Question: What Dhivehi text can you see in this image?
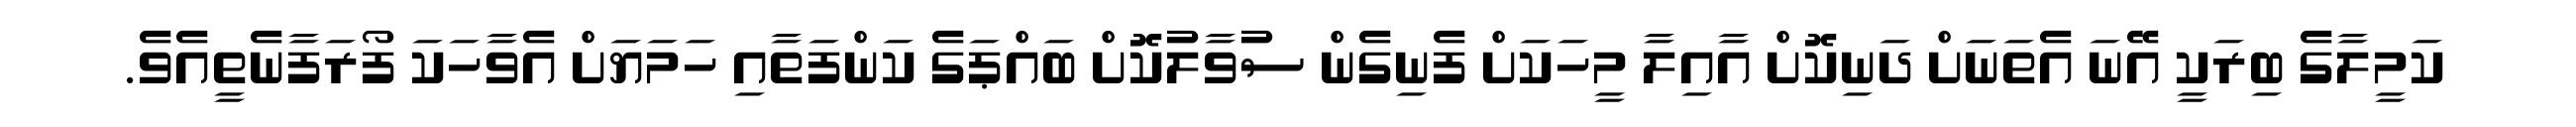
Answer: ކަމީލާގެ ބިރަކީ އޭނަ އެތަނަށް ދަނިކޮށް އާއިލާ މީހަކަށް ފެނިގެން ސުވާލުކޮށް ބައްޕަގެ ކަންފަތާއި ހަމަޔަށް އެވާހަކަ ފޯރަފާނެތީއެވެ.